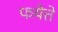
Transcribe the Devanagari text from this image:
फयेत्ते